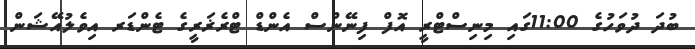
ބުދަ ދުވަހުގެ 11:00ގައި މިނިސްޓްރީ އޮފް ފިނޭންސް އެންޑް ޓްރެޜަރީގެ ޓެންޑަރ އިވެލުއޭޝަން